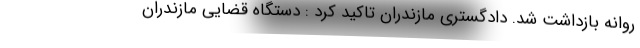
روانه بازداشت شد. دادگستری مازندران تاکید کرد : دستگاه قضایی مازندران